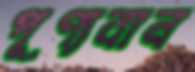
পূণ্যবান